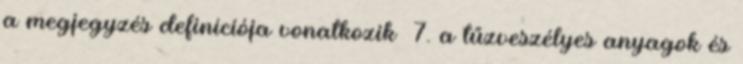
a megjegyzés definíciója vonatkozik 7. a tűzveszélyes anyagok és